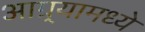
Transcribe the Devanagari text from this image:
आग्र्यामध्ये